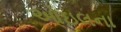
ઓઇલના